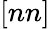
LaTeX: [nn]